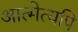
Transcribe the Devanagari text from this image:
आत्मेत्यपि